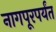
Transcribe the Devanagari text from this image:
नागपूरपर्यंत